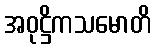
အဝုဋ္ဌိကသမောတိ